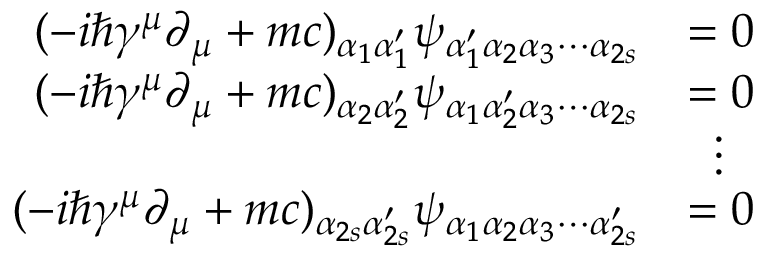
{ \begin{array} { r l } { ( - i \hbar \gamma ^ { \mu } \partial _ { \mu } + m c ) _ { \alpha _ { 1 } \alpha _ { 1 } ^ { \prime } } \psi _ { \alpha _ { 1 } ^ { \prime } \alpha _ { 2 } \alpha _ { 3 } \cdots \alpha _ { 2 s } } } & { = 0 } \\ { ( - i \hbar \gamma ^ { \mu } \partial _ { \mu } + m c ) _ { \alpha _ { 2 } \alpha _ { 2 } ^ { \prime } } \psi _ { \alpha _ { 1 } \alpha _ { 2 } ^ { \prime } \alpha _ { 3 } \cdots \alpha _ { 2 s } } } & { = 0 } \\ & { \; \; \vdots } \\ { ( - i \hbar \gamma ^ { \mu } \partial _ { \mu } + m c ) _ { \alpha _ { 2 s } \alpha _ { 2 s } ^ { \prime } } \psi _ { \alpha _ { 1 } \alpha _ { 2 } \alpha _ { 3 } \cdots \alpha _ { 2 s } ^ { \prime } } } & { = 0 } \end{array} }